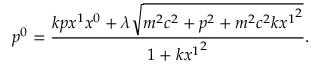
p ^ { 0 } = \frac { k p x ^ { 1 } x ^ { 0 } + \lambda \sqrt { m ^ { 2 } c ^ { 2 } + p ^ { 2 } + m ^ { 2 } c ^ { 2 } k { x ^ { 1 } } ^ { 2 } } } { 1 + k { x ^ { 1 } } ^ { 2 } } .